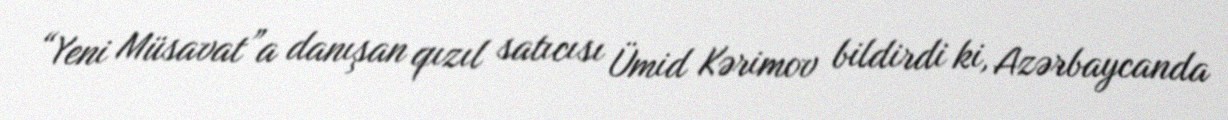
“Yeni Müsavat”a danışan qızıl satıcısı Ümid Kərimov bildirdi ki, Azərbaycanda